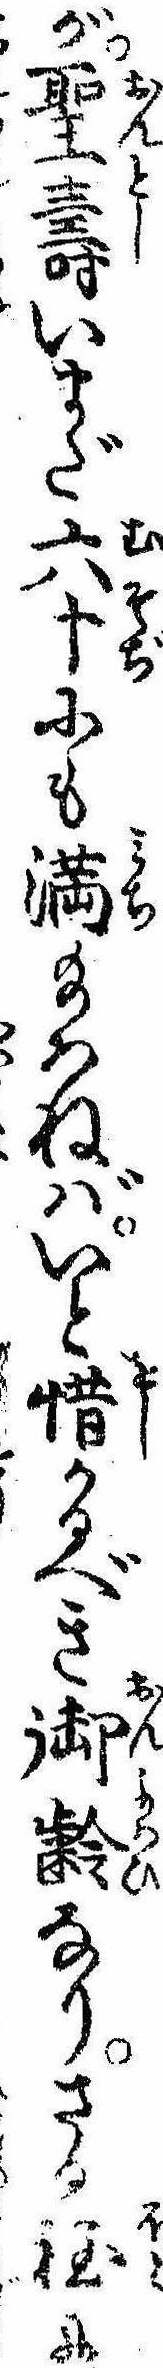
が聖寿いまだ六十にも満給はねばいと惜かるべき御齢なりさる程に